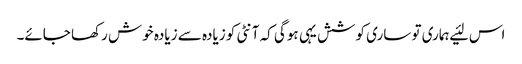
اس لئیے ہماری تو ساری کوشش یہی ہوگی کہ آنٹی کو زیادہ سے زیادہ خوش رکھا جائے۔